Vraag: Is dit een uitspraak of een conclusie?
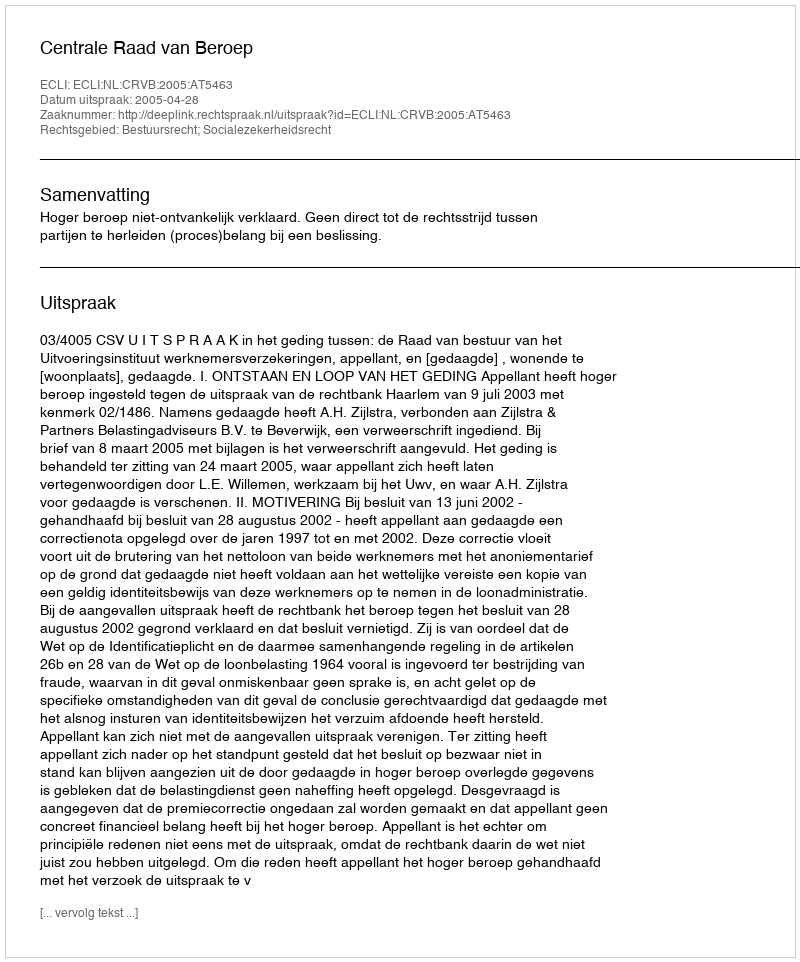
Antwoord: Uitspraak